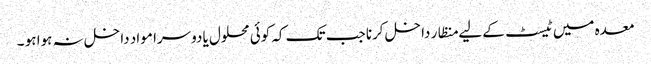
معدہ میں ٹیسٹ کے لیے منظار داخل کرنا جب تک کہ کوئی محلول یا دوسرا مواد داخل نہ ہوا ہو ۔